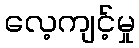
လေ့ကျင့်မှု